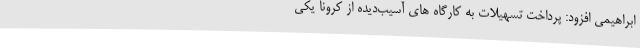
ابراهیمی افزود: پرداخت تسهیلات به کارگاه های آسیب‌دیده از کرونا یکی